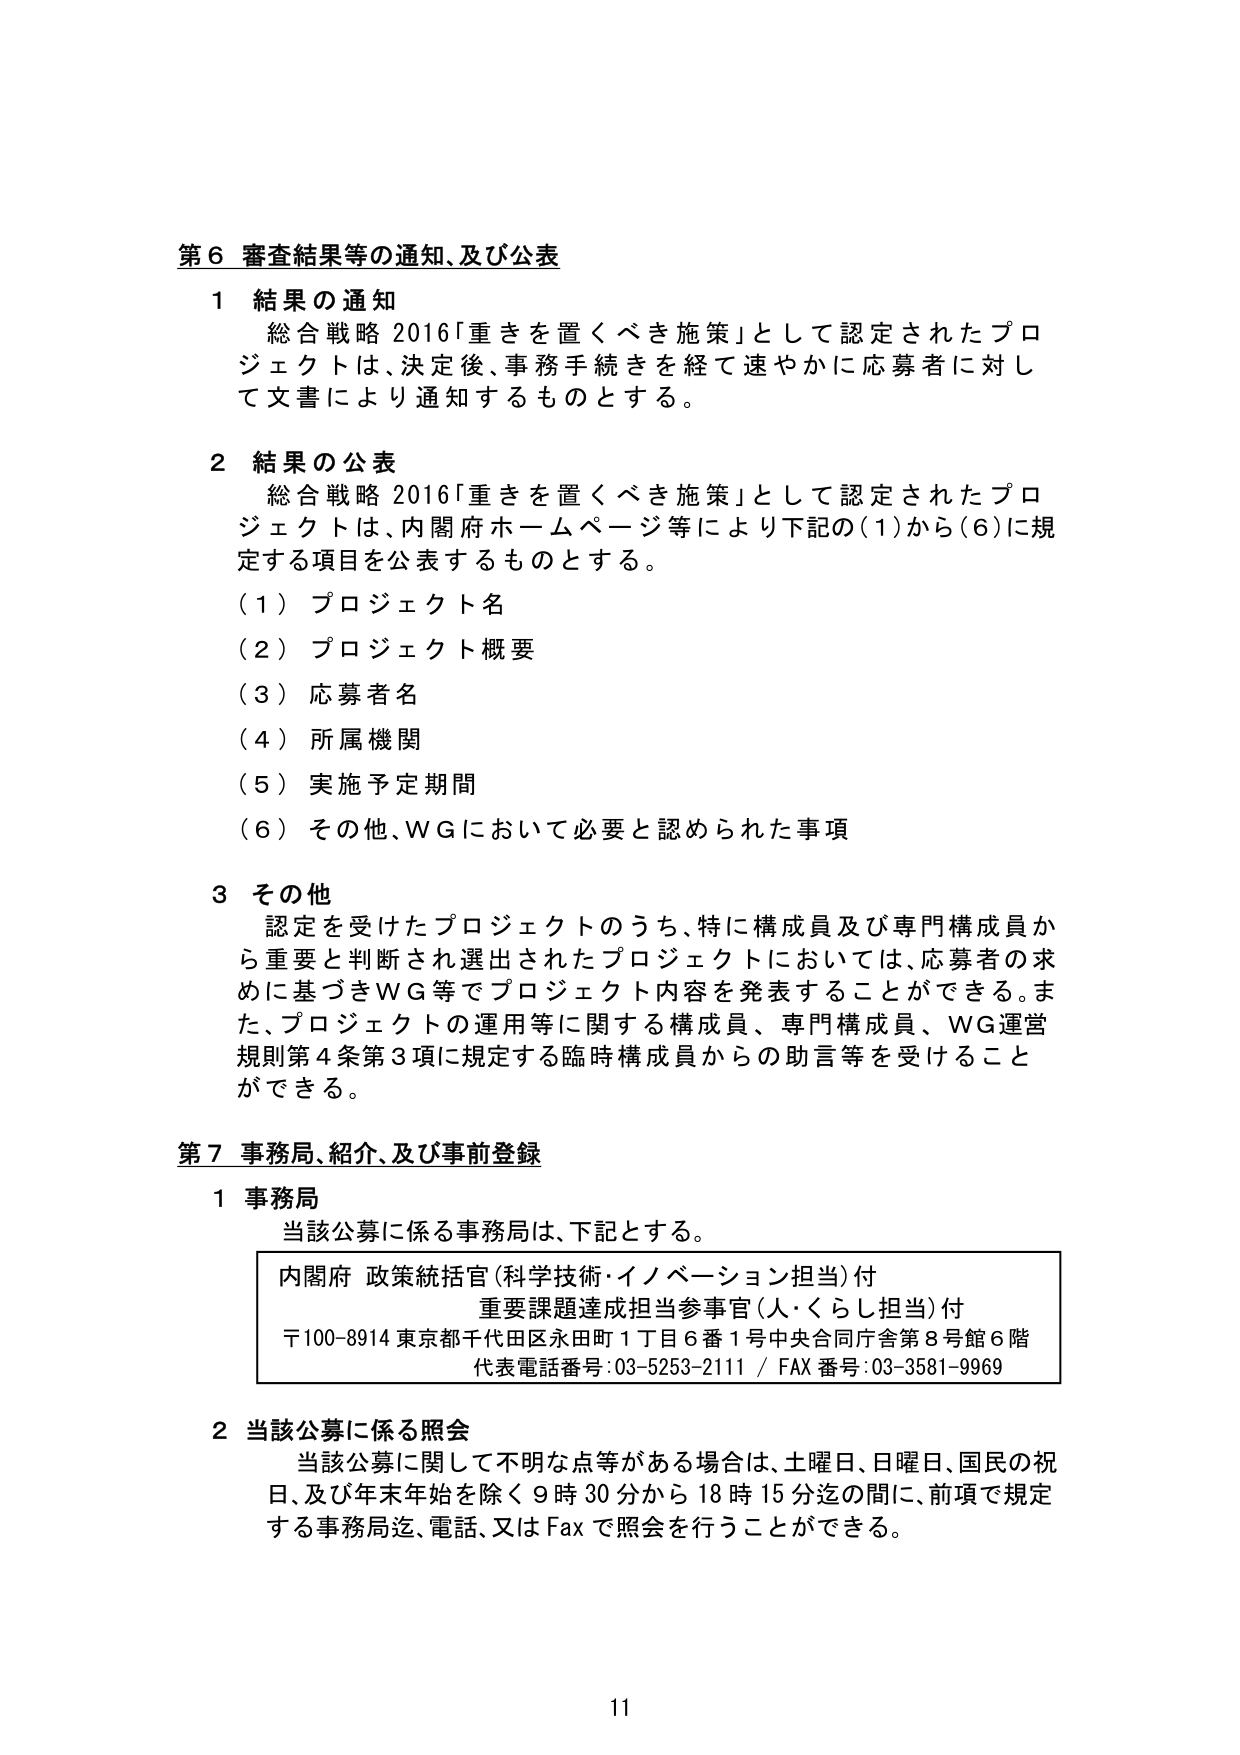
第６ 審査結果等の通知、及び公表

１ 結果の通知
　総合戦略2016「重きを置くべき施策」として認定されたプロジェクトは、決定後、事務手続きを経て速やかに応募者に対して文書により通知するものとする。

２ 結果の公表
　総合戦略2016「重きを置くべき施策」として認定されたプロジェクトは、内閣府ホームページ等により下記の（1）から（6）に規定する項目を公表するものとする。
　（1）プロジェクト名
　（2）プロジェクト概要
　（3）応募者名
　（4）所属機関
　（5）実施予定期間
　（6）その他、WGにおいて必要と認められた事項

３ その他
　認定を受けたプロジェクトのうち、特に構成員及び専門構成員から重要と判断され選出されたプロジェクトにおいては、応募者の求めに基づきWG等でプロジェクト内容を発表することができる。また、プロジェクトの運用等に関する構成員、専門構成員、WG運営規則第4条第3項に規定する臨時構成員からの助言等を受けることができる。

第７ 事務局、紹介、及び事前登録

１ 事務局
　当該公募に係る事務局は、下記とする。
　内閣府 政策統括官（科学技術・イノベーション担当）付
　重要課題達成担当参事官（人・くらし担当）付
　〒100-8914 東京都千代田区永田町1丁目6番1号中央合同庁舎第8号館6階
　代表電話番号：03-5253-2111 / FAX番号：03-3581-9969

２ 当該公募に係る照会
　当該公募に関して不明な点等がある場合は、土曜日、日曜日、国民の祝日、及び年末年始を除く9時30分から18時15分迄の間に、前項で規定する事務局迄、電話、又はFaxで照会を行うことができる。

11